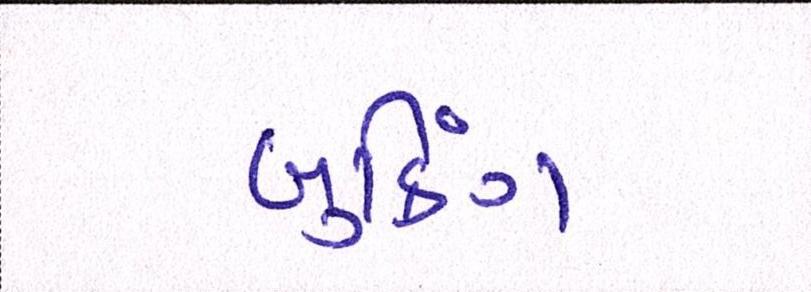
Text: બુકિંગ